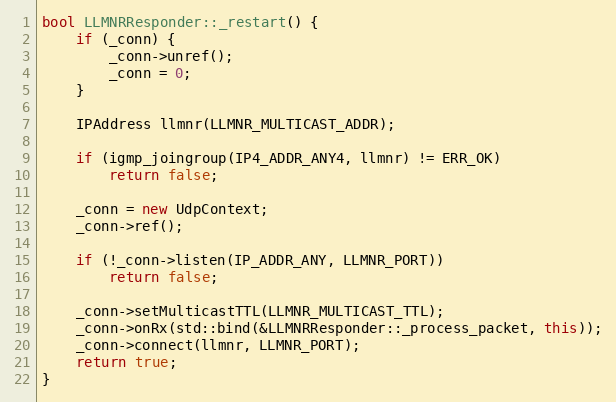
Language: C++
bool LLMNRResponder::_restart() {
    if (_conn) {
        _conn->unref();
        _conn = 0;
    }

    IPAddress llmnr(LLMNR_MULTICAST_ADDR);

    if (igmp_joingroup(IP4_ADDR_ANY4, llmnr) != ERR_OK)
        return false;

    _conn = new UdpContext;
    _conn->ref();

    if (!_conn->listen(IP_ADDR_ANY, LLMNR_PORT))
        return false;

    _conn->setMulticastTTL(LLMNR_MULTICAST_TTL);
    _conn->onRx(std::bind(&LLMNRResponder::_process_packet, this));
    _conn->connect(llmnr, LLMNR_PORT);
    return true;
}